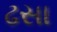
ઢસા